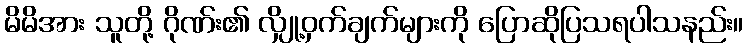
မိမိအား သူတို့ ဂိုဏ်း၏ လျှို့ဝှက်ချက်များကို ပြောဆိုပြသရပါသနည်း။